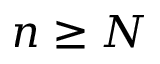
n \geq N